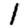
Digit: 1